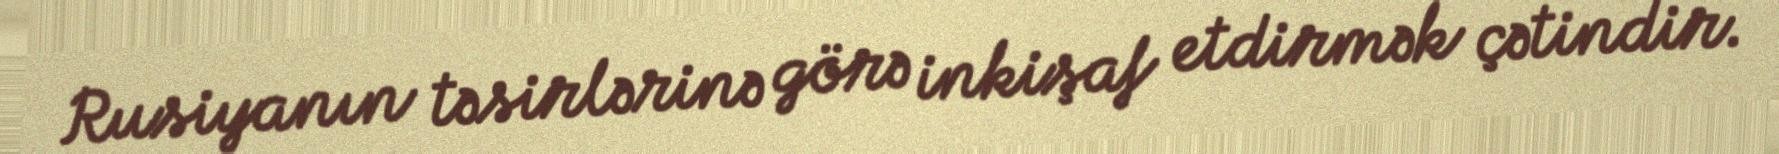
Rusiyanın təsirlərinə görə inkişaf etdirmək çətindir.